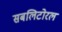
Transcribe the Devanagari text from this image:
सबलिटोरल